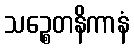
သဉ္စေတနိကာနံ